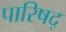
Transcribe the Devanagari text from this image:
पारिषद्